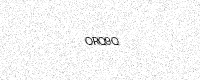
Text: ORQ9Q